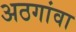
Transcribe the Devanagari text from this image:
अठगांवा